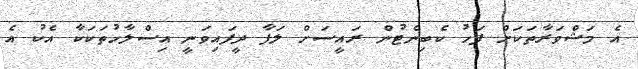
އެ މަޝްވަރާތަކަށް ފަހު ކެބިނެޓުން ރައީސަށް ލަފާ ދީފައިވަނީ އިސްލާހުތަކަކާ އެކު އެ